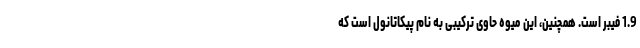
1.9 فیبر است. همچنین، این میوه حاوی ترکیبی به نام پیکاتانول است که